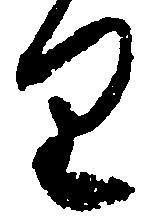
り